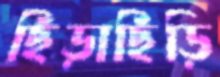
ছিঁড়াছিঁড়ি